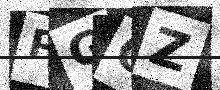
Text: PGOZ